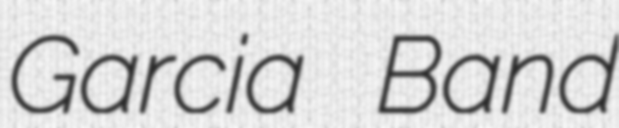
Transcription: Garcia Band